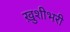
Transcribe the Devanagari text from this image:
ख़ुशीभरी